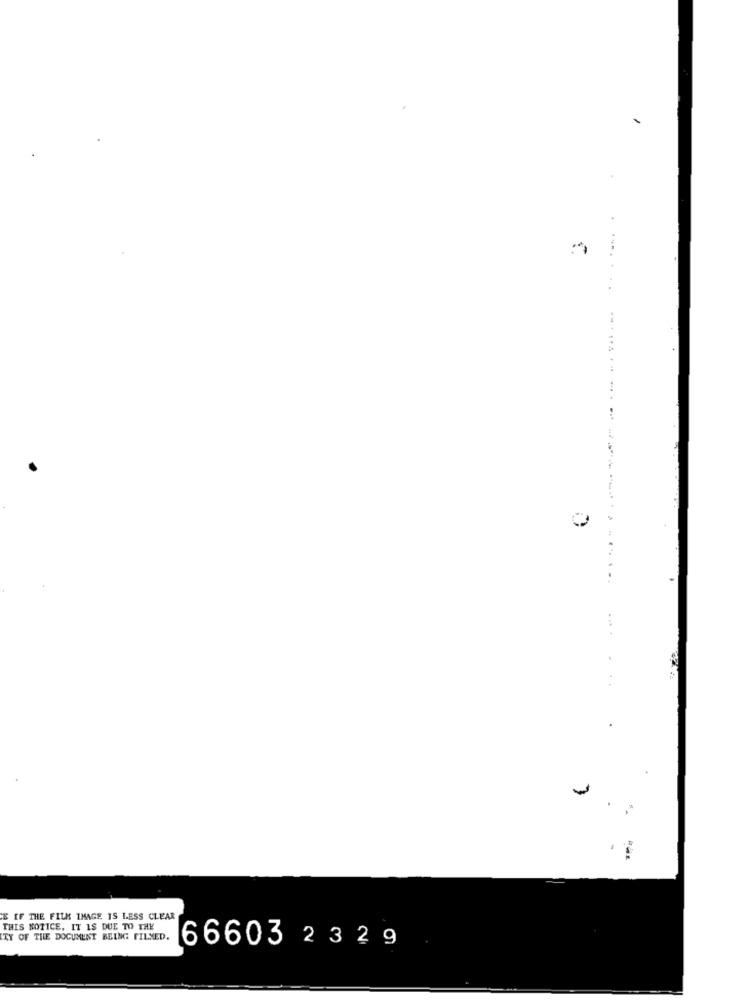
..
---------
E IF THE FILK IMAGE IS LESS CLEAR
THIS NOTICE, IT IS DUE TO THE
TY OF THE DOCUMENT BEING FILNED.
66603 2 3 2 9